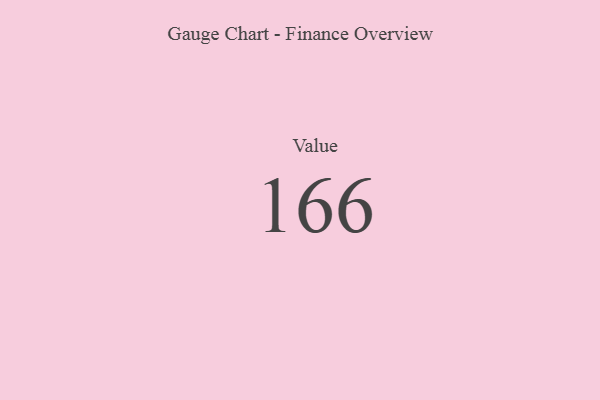
{"axis": {"x": "Metric", "y": "Value"}, "legend": [""], "data": [{"x": "Value", "y": 166, "type": ""}]}